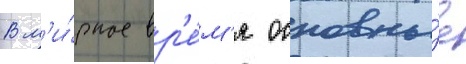
В м'и́рное вр'е́м'я основны́е